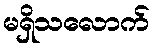
မရှိသလောက်